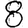
Digit: 8